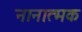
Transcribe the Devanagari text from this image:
नानात्मक